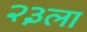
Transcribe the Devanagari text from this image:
२३ला